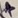
Text: +